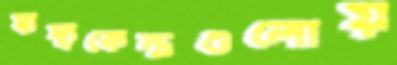
স্বাস্থ্যকেন্দ্রগুলোয়